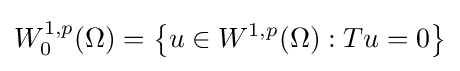
W_{0}^{1,p}(\Omega )=\left\{u\in W^{1,p}(\Omega ):Tu=0\right\}